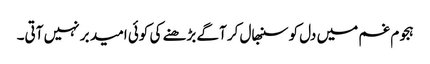
ہجوم غم میں دل کو سنبھال کر آگے بڑھنے کی کوئی امید بر نہیں آتی۔